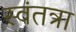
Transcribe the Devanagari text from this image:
स्वंतत्रा